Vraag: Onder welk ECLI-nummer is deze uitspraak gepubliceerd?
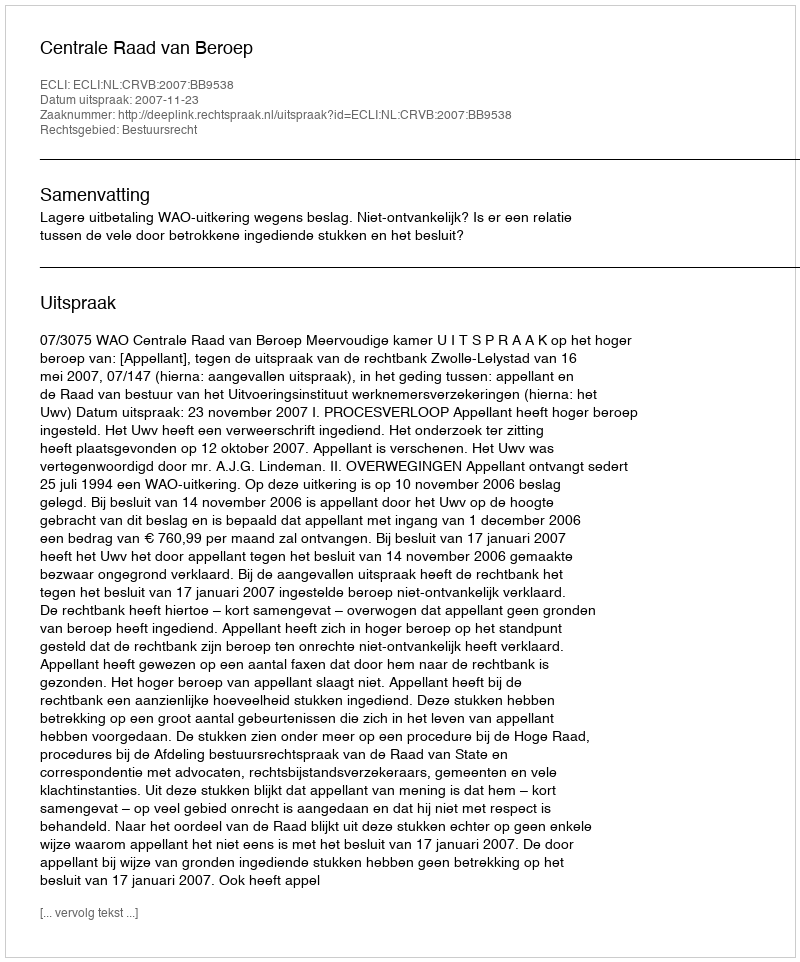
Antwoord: ECLI:NL:CRVB:2007:BB9538